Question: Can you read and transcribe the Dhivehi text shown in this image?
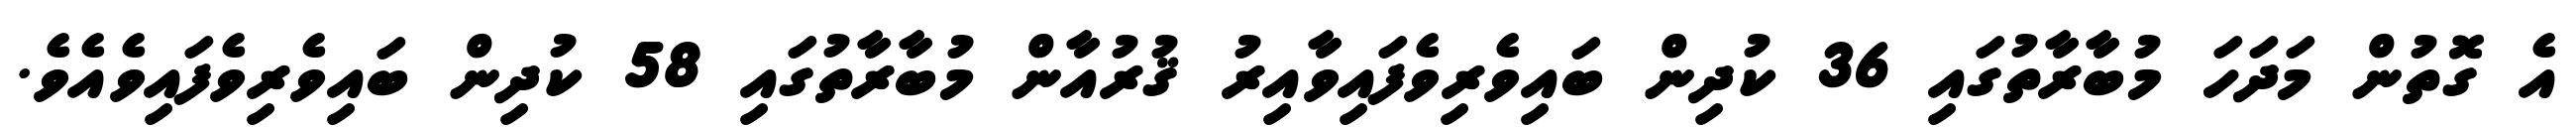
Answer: އެ ގޮތުން މަދަހަ މުބާރާތުގައި 36 ކުދިން ބައިވެރިވެފައިވާއިރު ޤުރުއާން މުބާރާތުގައި 58 ކުދިން ބައިވެރިވެފައިވެއެވެ.